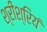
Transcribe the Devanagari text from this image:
श्रीश्रियं